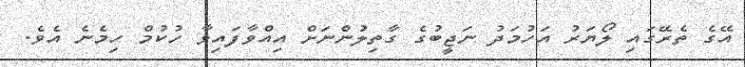
އޭގެ ތެރޭގައި ލޯޔަރު އަހުމަދު ނަޖީބުގެ ގާތިލުންނަށް އިއްވާފައިވާ ހުކުމް ހިމެނެ އެވެ.